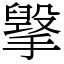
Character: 㩓